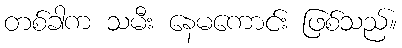
တစ်ခါက သမီး နေမကောင်း ဖြစ်သည်။